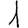
Digit: 1